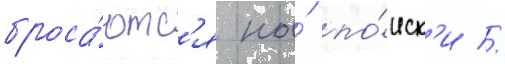
броса́ютс'я на́ по́иск'и //